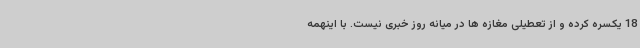
18 یکسره کرده و از تعطیلی مغازه ها در میانه روز خبری نیست. با اینهمه